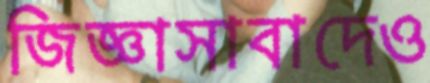
জিজ্ঞাসাবাদেও